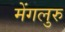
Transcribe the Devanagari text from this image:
मेंगलुरु